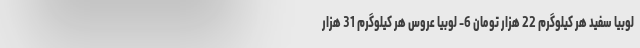
لوبیا سفید هر کیلوگرم 22 هزار تومان 6- لوبیا عروس هر کیلوگرم 31 هزار